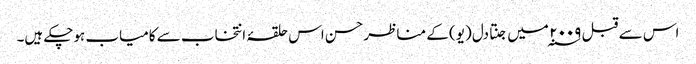
اس سے قبل ۲۰۰۹ ؁ میں جنتا دل (یو) کے مناظر حسن اس حلقۂ انتخاب سے کامیاب ہوچکے ہیں۔